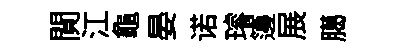
閴江龜晏诺璿籩展臈